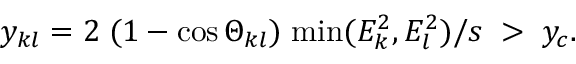
y _ { k l } = 2 \; ( 1 - \cos \Theta _ { k l } ) \; \mathrm { m i n } ( E _ { k } ^ { 2 } , E _ { l } ^ { 2 } ) / s \; > \; y _ { c } .